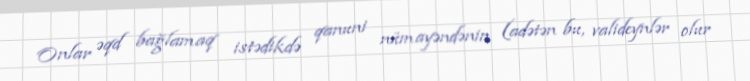
Onlar əqd bağlamaq istədikdə qanuni nümayəndənin (adətən bu, valideynlər olur